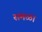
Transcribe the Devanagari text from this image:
समळा